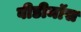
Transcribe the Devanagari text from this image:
वीडीमॉस